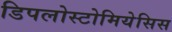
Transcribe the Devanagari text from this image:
डिपलोस्टोमियेसिस